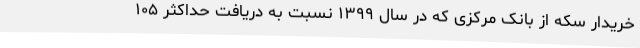
خریدار سکه از بانک مرکزی که در سال ۱۳۹۹ نسبت به دریافت حداکثر ۱۰۵